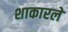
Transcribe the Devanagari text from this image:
शाकारले